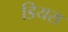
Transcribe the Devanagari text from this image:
डियरा